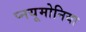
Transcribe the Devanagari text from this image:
प्नयूमोनिया